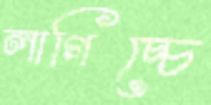
লাগিচ্চে